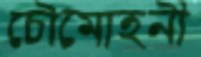
চৌমোহনী